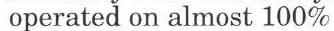
 operated on almost 100%